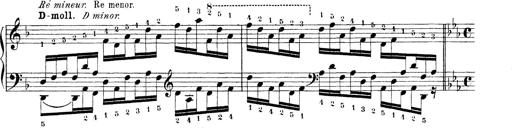
Title: Technische Studien
Composer: Franz Liszt